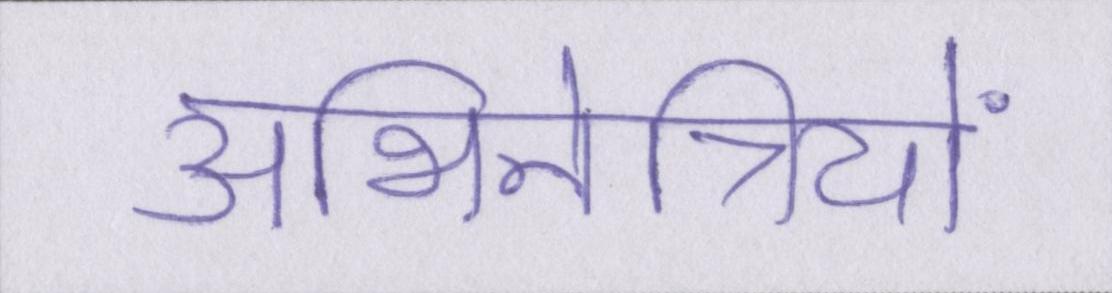
अभिनेत्रियों